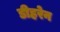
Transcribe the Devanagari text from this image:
डीहरेन